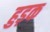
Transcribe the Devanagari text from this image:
हुड़क